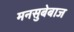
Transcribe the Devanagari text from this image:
मनसुबेबाज